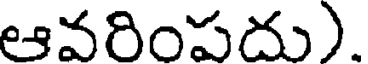
ఆవరింపదు).